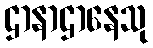
ဌာနာဌာနေသု